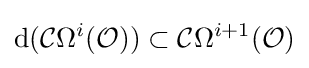
{\text{d}}({\mathcal {C}}\Omega ^{i}({\mathcal {O}}))\subset {\mathcal {C}}\Omega ^{i+1}({\mathcal {O}})